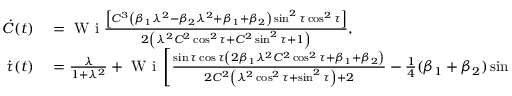
\begin{array} { r l } { \dot { C } ( t ) } & { { } = \mathrm { ~ W ~ i ~ } \frac { \left[ C ^ { 3 } \left( \beta _ { 1 } \lambda ^ { 2 } - \beta _ { 2 } \lambda ^ { 2 } + \beta _ { 1 } + \beta _ { 2 } \right) \sin ^ { 2 } \tau \cos ^ { 2 } \tau \right] } { 2 \left( \lambda ^ { 2 } C ^ { 2 } \cos ^ { 2 } \tau + C ^ { 2 } \sin ^ { 2 } \tau + 1 \right) } , } \\ { \dot { \tau } ( t ) } & { { } = \frac { \lambda } { 1 + \lambda ^ { 2 } } + \mathrm { ~ W ~ i ~ } \left[ \frac { \sin \tau \cos \tau \left( 2 \beta _ { 1 } \lambda ^ { 2 } C ^ { 2 } \cos ^ { 2 } \tau + \beta _ { 1 } + \beta _ { 2 } \right) } { 2 C ^ { 2 } \left( \lambda ^ { 2 } \cos ^ { 2 } \tau + \sin ^ { 2 } \tau \right) + 2 } - \frac { 1 } { 4 } ( \beta _ { 1 } + \beta _ { 2 } ) \sin 2 \tau \right] . } \end{array}